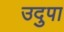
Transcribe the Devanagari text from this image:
उदुपा